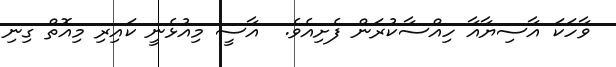
ވާހަކަ އާސިޔާއާ ހިއްސާކުރަން ފެށިއެވެ.  އާސީ މިއުޅެނީ ކައިރި މިއޮތް ގިނި